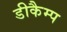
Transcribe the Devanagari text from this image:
डीकैम्प